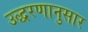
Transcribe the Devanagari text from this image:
उद्धरणानुसार